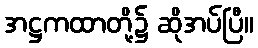
အဋ္ဌကထာတို့၌ ဆိုအပ်ပြီ။